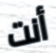
أنت